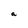
Character: a